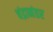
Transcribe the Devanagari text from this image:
चंद्रानंतर